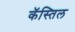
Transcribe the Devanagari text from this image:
कॅस्तिल